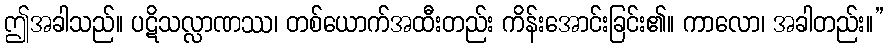
ဤအခါသည်။ ပဋိသလ္လာဏဿ၊ တစ်ယောက်အထီးတည်း ကိန်းအောင်းခြင်း၏။ ကာလော၊ အခါတည်း။”